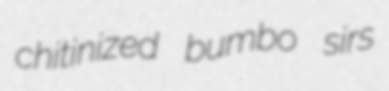
chitinized bumbo sirs